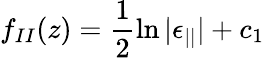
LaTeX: f_{II}(z)=\frac{1}{2}\ln|\epsilon_{||}|+c_{1}